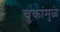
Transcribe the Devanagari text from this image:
चुकांमुळे